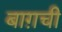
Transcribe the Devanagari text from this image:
बाग़ची